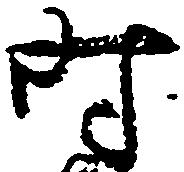
時